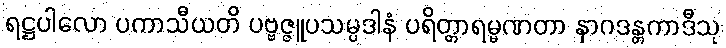
ရဋ္ဌပါလော ပကာသီယတိ ပဗ္ဗဇ္ဇူပသမ္ပဒါနံ ပရိတ္တာရမ္မဏတာ နာဂဒန္တကာဒီသု